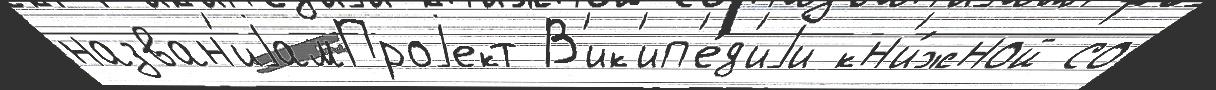
назван'иjамПроjект В'ик'ип'е́д'иjи кн'и́жной со